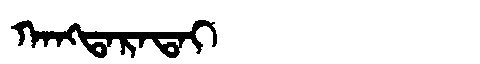
Manchu: ᡴᠠᠩᡨᠠᡵᠠᡨᠠᡳ
Romanization: KANGTARATAI